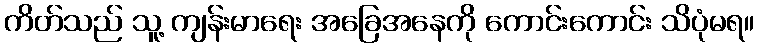
ကိတ်သည် သူ့ ကျန်းမာရေး အခြေအနေကို ကောင်းကောင်း သိပုံမရ။